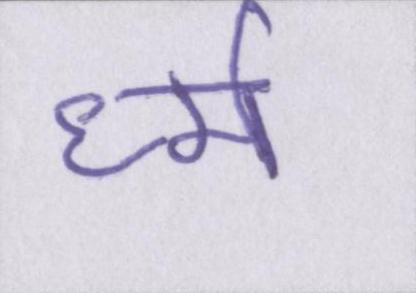
र्ध्म